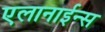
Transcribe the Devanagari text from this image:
एलानाईन्स